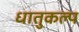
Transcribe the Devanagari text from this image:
धातुकल्प